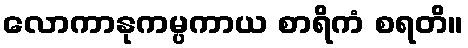
လောကာနုကမ္ပကာယ စာရိကံ စရတိ။